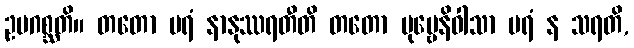
ဥပဂစ္ဆတိ။ တတော ပရံ နာနုဿရတီတိ တတော ပုဗ္ဗေနိဝါသာ ပရံ န သရတိ,